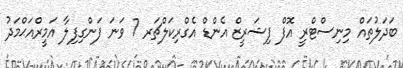
ބަދަލުތައް މިނިސްޓްރީ އޮފް ފިޝަރީޒް އެންޑް އެގްރިކަލްޗަރ 7 ވަނަ ފަންގިފިލާ އަމީރްއަޙްމަދު